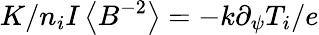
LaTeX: K/n_{i}I\left\langle{B^{-2}}\right\rangle=-k\partial_{\psi}T_{i}/e